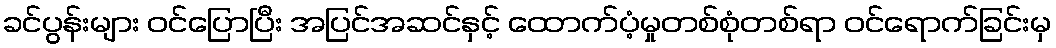
ခင်ပွန်းများ ဝင်ပြောပြီး အပြင်အဆင်နှင့် ထောက်ပံ့မှုတစ်စုံတစ်ရာ ဝင်ရောက်ခြင်းမှ